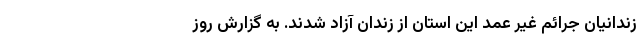
زندانیان جرائم غیر عمد این استان از زندان آزاد شدند. به گزارش روز